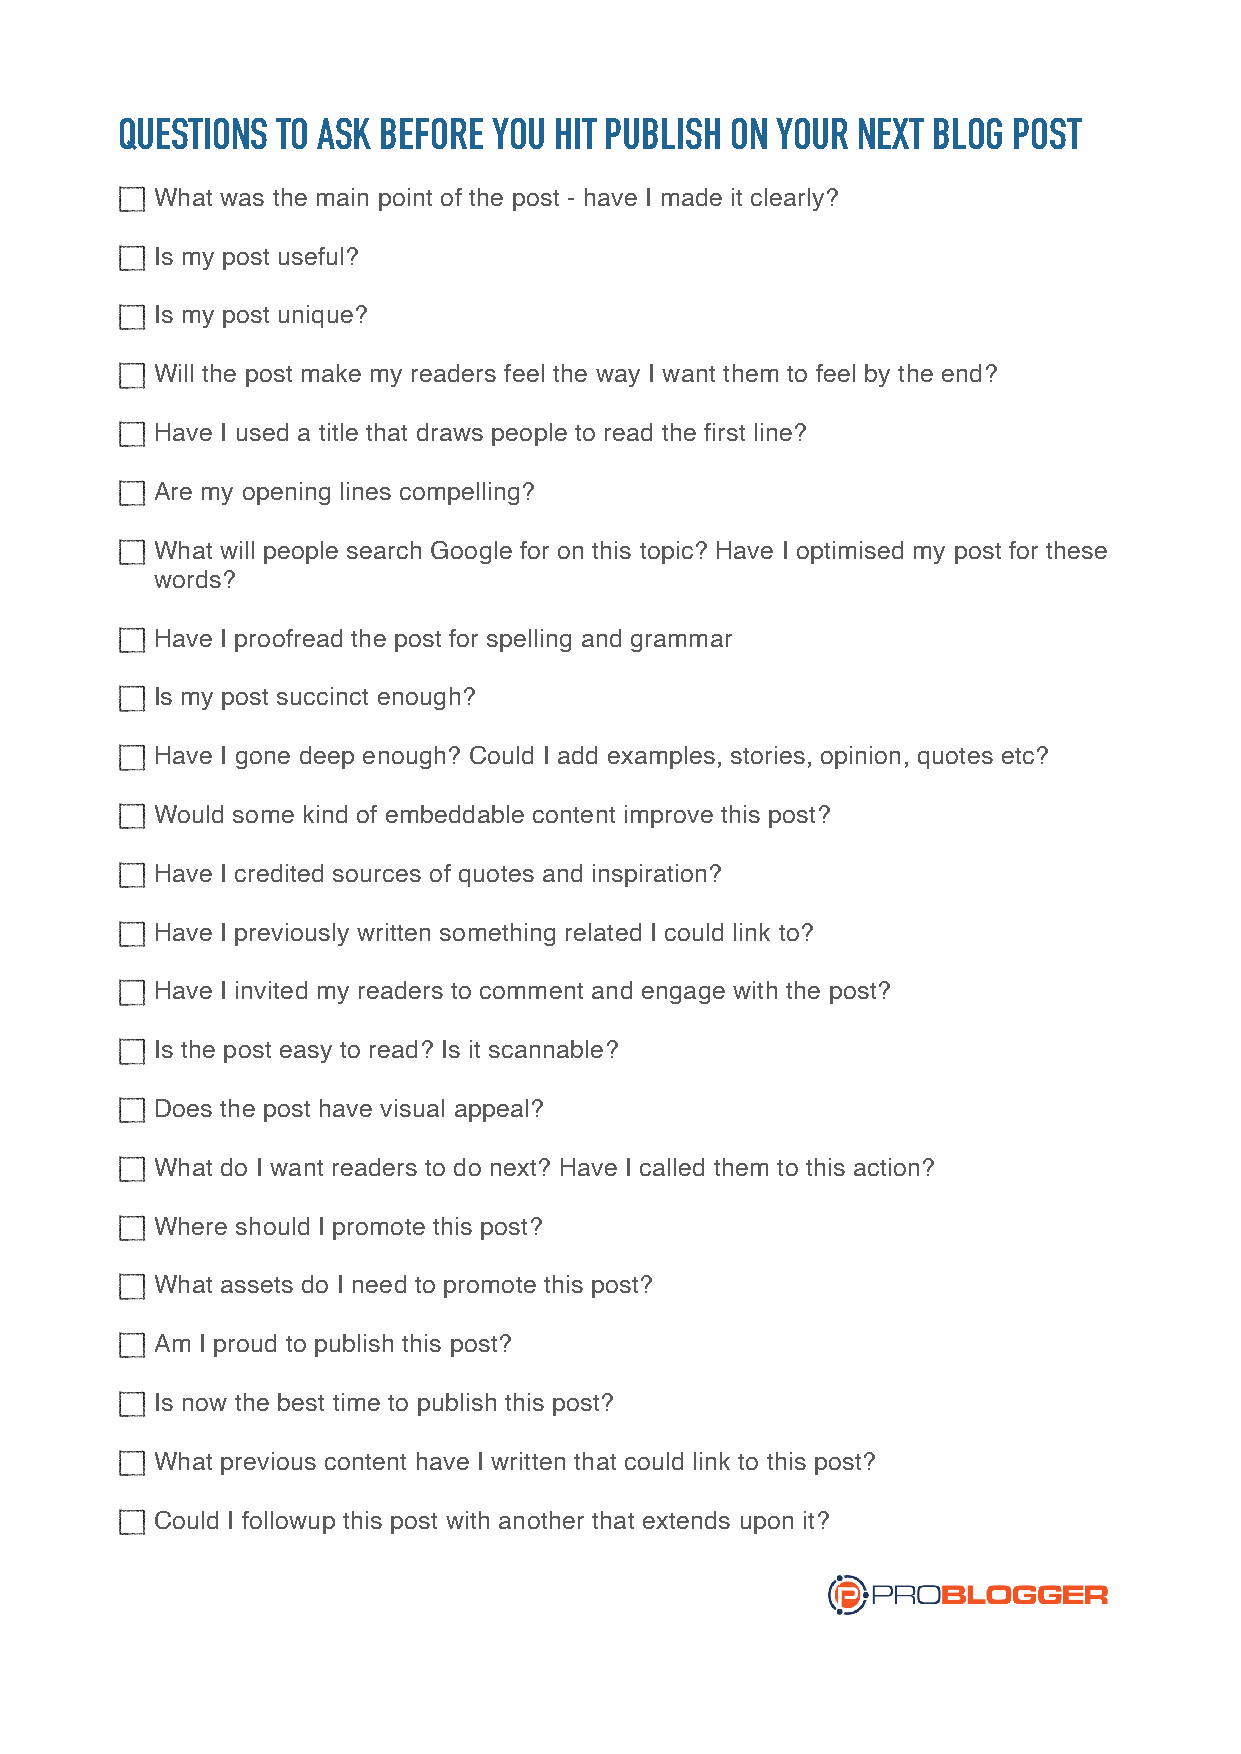
QUESTIONS TO ASK BEFORE  YOU HIT PUBLISH ON YOUR NEXT BLOG POST
 What was the main point of the post - have I made it clearly?
 Is my post useful?
 Is my post unique?
 Will the post make my readers feel the way I want them to feel by the end?
 Have I used a title that draws people to read the first line?
 Are my opening lines compelling?
 What will people search Google for on this topic? Have I optimised my post for these
 words?
 Have I proofread the post for spelling and grammar
 Is my post succinct enough?
 Have I gone deep enough? Could I add examples, stories, opinion, quotes etc?
 Would some kind of embeddable content improve this post?
 Have I credited sources of quotes and inspiration?
 Have I previously written something related I could link to?
 Have I invited my readers to comment and engage with the post?
 Is the post easy to read? Is it scannable?
 Does the post have visual appeal?
 What do I want readers to do next? Have I called them to this action?
 Where should I promote this post?
 What assets do I need to promote this post?
 Am I proud to publish this post?
 Is now the best time to publish this post?
 What previous content have I written that could link to this post?
 Could I followup this post with another that extends upon it?